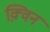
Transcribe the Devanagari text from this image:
क़्विन